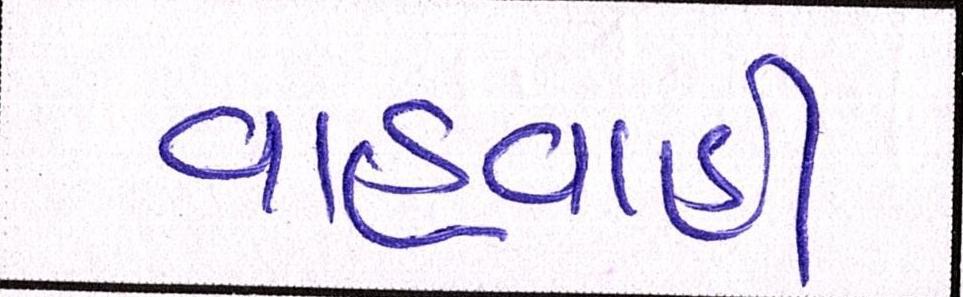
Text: વાહવાહી